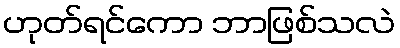
ဟုတ်ရင်ကော ဘာဖြစ်သလဲ